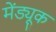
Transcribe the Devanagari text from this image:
मेंड्यूक